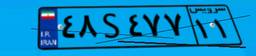
۴۸S۴۷۷۱۱